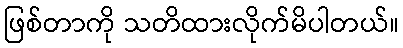
ဖြစ်တာကို သတိထားလိုက်မိပါတယ်။